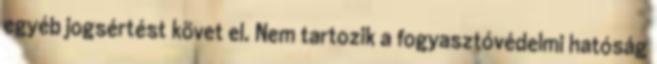
egyéb jogsértést követ el. Nem tartozik a fogyasztóvédelmi hatóság